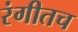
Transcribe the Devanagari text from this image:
रंगीतच